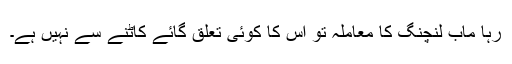
رہا ماب لنچنگ کا معاملہ تو اس کا کوئی تعلق گائے کاٹنے سے نہیں ہے۔